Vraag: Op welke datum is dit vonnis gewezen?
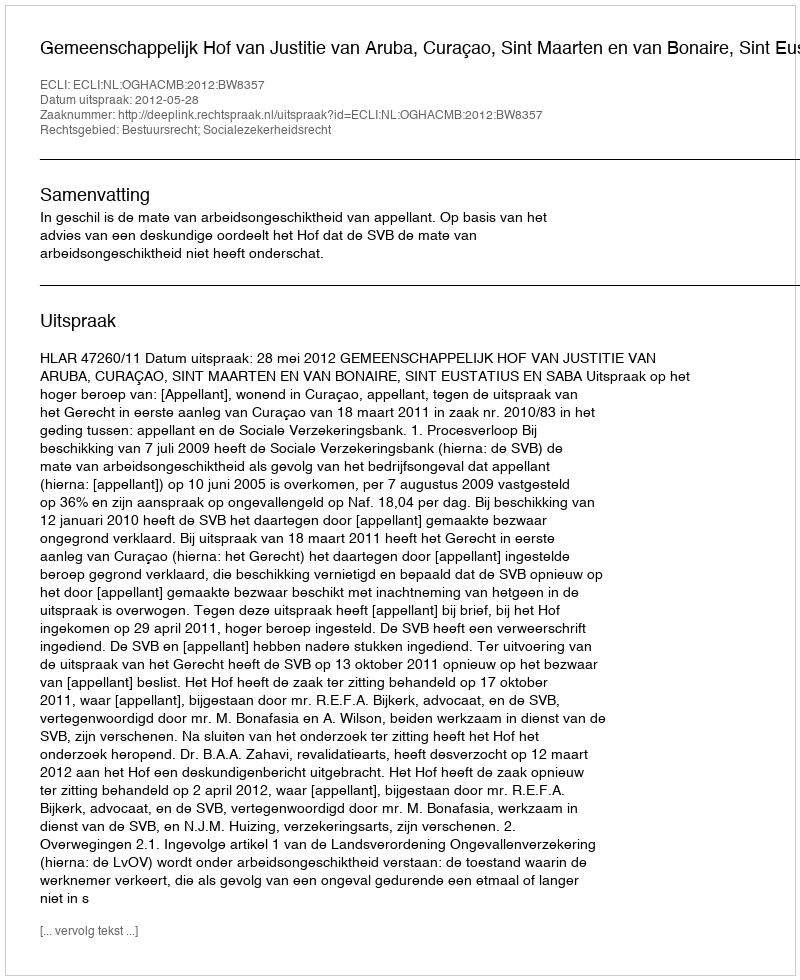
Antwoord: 2012-05-28